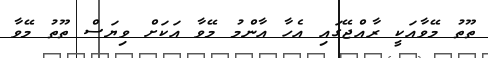
ތޫތު މޭވާއަކީ ރާއްޖޭގައި އެހާ އާންމު މޭވާ އަކަށް ވިޔަސް ތޫތު މޭވާ